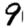
Digit: 9